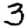
Digit: 3